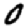
Digit: 0